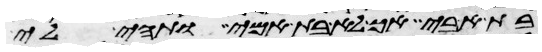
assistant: בת אבי אך לא בת אמי ותהי לי